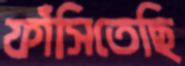
ফাঁসিতেছি